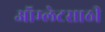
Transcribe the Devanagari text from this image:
ऑम्लेटसाठी